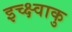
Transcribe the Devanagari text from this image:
इच्क्ष्वाकु